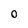
Character: 0